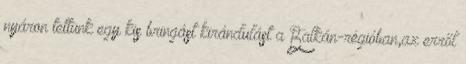
nyáron tettünk egy kis bringást kirándulást a Balkán-régióban,az erről